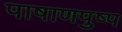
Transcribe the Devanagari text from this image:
पाषाणपुष्प